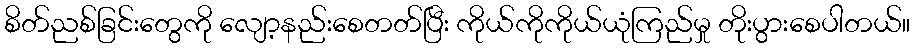
စိတ်ညစ်ခြင်းတွေကို လျော့နည်းစေတတ်ပြီး ကိုယ်ကိုကိုယ်ယုံကြည်မှု တိုးပွားစေပါတယ်။